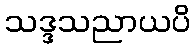
သဒ္ဒသညာယပိ